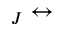
_ J \leftrightarrow